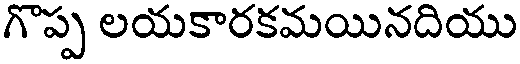
గొప్ప లయకారకమయినదియు